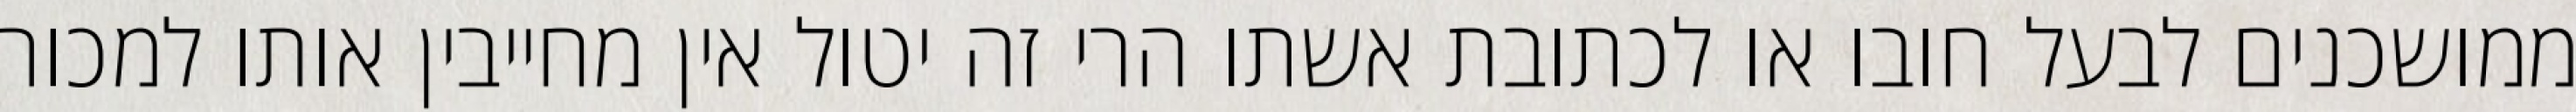
ממושכנים לבעל חובו או לכתובת אשתו הרי זה יטול אין מחייבין אותו למכור